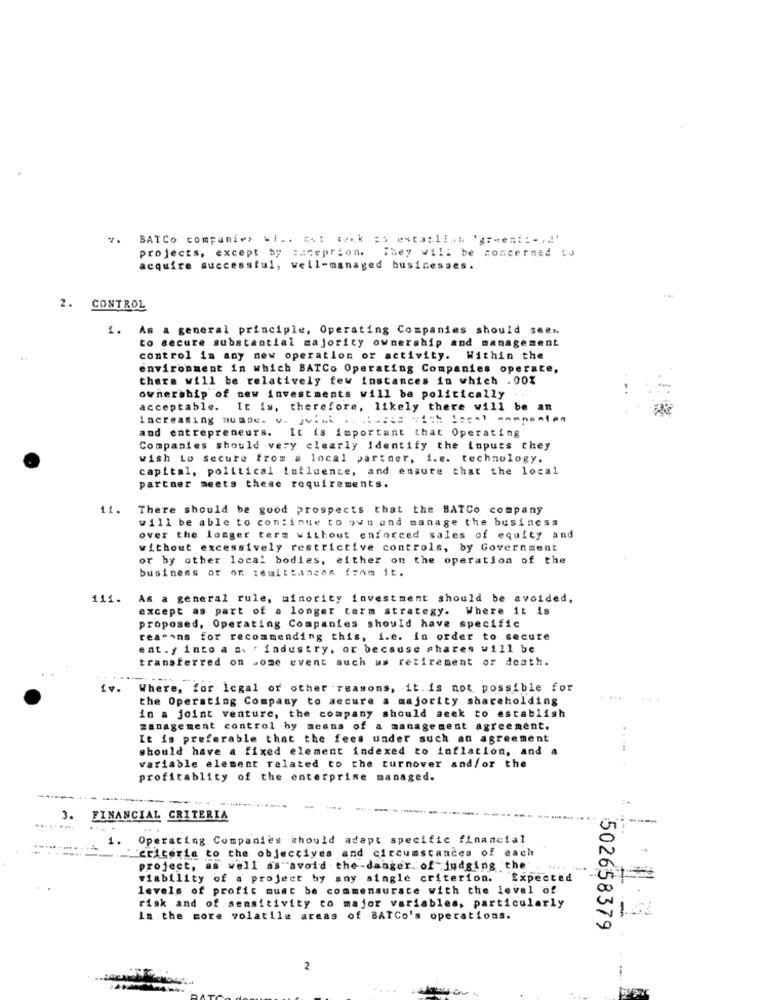
BATCo companies wi .. ** t meck =s estasli.m 'green :: -... '
projects, except by :aceprion. They will be concerned ty
acquire successful, well-managed businesses.
2. CONTROL
1.
As a general principle, Operating Companies should seer.
to secure substantial majority ownership and management
control in any new operation or activity. Within the
environment in which BATCo Operating Companies operate,
there will be relatively few instances in which . 00%
ownership of new investments will be politically
acceptable. It is, therefore, likely there will be an
increasing hunde. v. jvint .. . buzis "ich local mmmnamien
and entrepreneurs. It is important that Operating
Companies should very clearly identify the inputs they
wish Lo secure from a local partner, i.e. technology,
capital, political influence, and ensure that the local
partner meets these requirements.
11.
There should be good prospects that the BATCo company
will be able to continue to own and manage the business
over the longer term without enforced sales of equity and
without excessively restrictive controls, by Government
or by other local bodies, either on the operation of the
business or on :euittances from it.
111.
As a general rule, minority investment should be avoided,
except as part of a longer term strategy. Where it is
proposed, Operating Companies should have specific
reasons for recommending this, i.e. in order to secure
ent .y into a a. ' industry. or because shares will be
transferred on some event such us retirement or death.
Where, for legal or other reasons, it. is not possible for
the Operating Company to secure a majority shareholding
in a joint venture, the company should seek to establish
management control by means of a management agreement.
It is preferable that the fees under such an agreement
..
should have a fixed element indexed to inflation, and a
variable element related to the turnover and/or the
profitablity of the enterprise managed.
-
3.
FINANCIAL CRITERIA
Operating Companies should adapt specific financial
"criteria to the objectives and circumstances of each
project, as well as avoid the-danger of judging the"
viability of a project by any single criterion. Expected
levels of profit must be commensurate with the level of
risk and of sensitivity to major variables, particularly
in the more volatile areas of BATCo's operations.
502658379
2